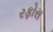
રફોસ